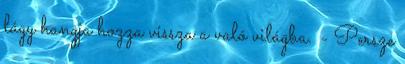
lágy hangja hozza vissza a való világba. - Persze